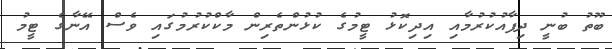
ބޫތު ބުނީ ދިފާއުކުރުމާއި އިދިކޮޅު ޓީމުގެ ކުޅުންތެރިން މާކްކުރުމުގައި ވެސް އޭނާގެ ޓީމު